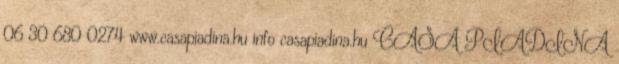
06 30 680 0274 www.casapiadina.hu info casapiadina.hu CASA PIADINA